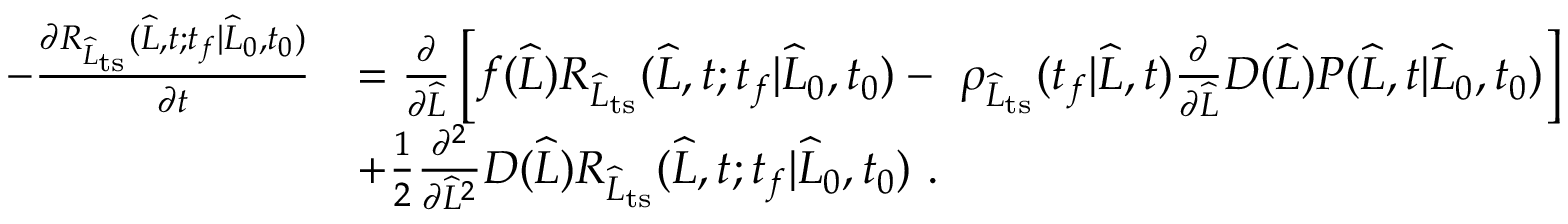
\begin{array} { r l } { - \frac { \partial R _ { \widehat { L } _ { \mathrm { t s } } } ( \widehat { L } , t ; t _ { f } | \widehat { L } _ { 0 } , t _ { 0 } ) } { \partial t } } & { = \frac { \partial } { \partial \widehat { L } } \left[ f ( \widehat { L } ) R _ { \widehat { L } _ { \mathrm { t s } } } ( \widehat { L } , t ; t _ { f } | \widehat { L } _ { 0 } , t _ { 0 } ) - \ \rho _ { \widehat { L } _ { \mathrm { t s } } } ( t _ { f } | \widehat { L } , t ) \frac { \partial } { \partial \widehat { L } } D ( \widehat { L } ) P ( \widehat { L } , t | \widehat { L } _ { 0 } , t _ { 0 } ) \right] } \\ & { + \frac { 1 } { 2 } \frac { \partial ^ { 2 } } { \partial \widehat { L } ^ { 2 } } D ( \widehat { L } ) R _ { \widehat { L } _ { \mathrm { t s } } } ( \widehat { L } , t ; t _ { f } | \widehat { L } _ { 0 } , t _ { 0 } ) \ . } \end{array}